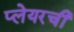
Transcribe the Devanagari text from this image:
प्लेयरची